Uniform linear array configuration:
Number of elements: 32
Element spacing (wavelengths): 0.5
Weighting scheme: kaiser
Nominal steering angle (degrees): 60
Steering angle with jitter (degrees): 58.476
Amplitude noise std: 0.05
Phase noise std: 0.05

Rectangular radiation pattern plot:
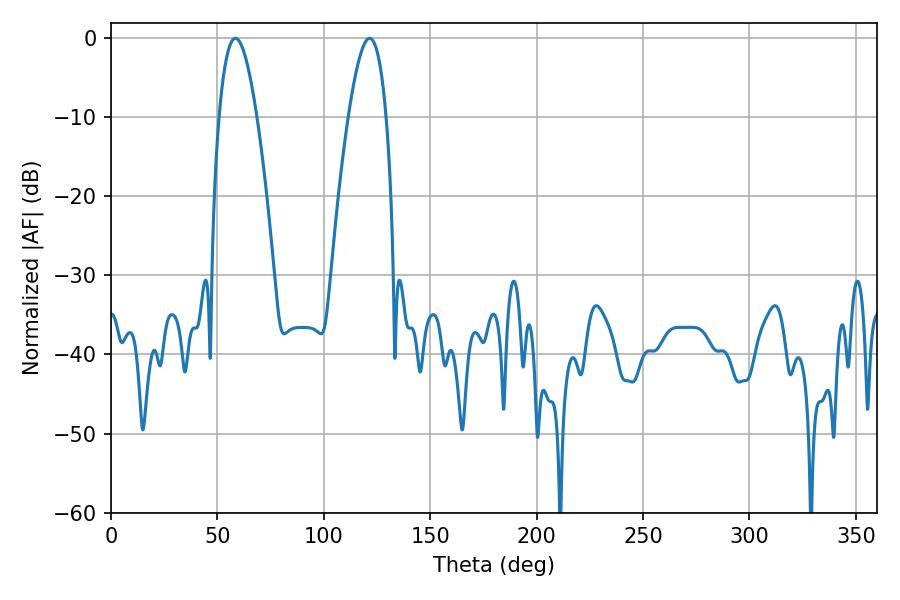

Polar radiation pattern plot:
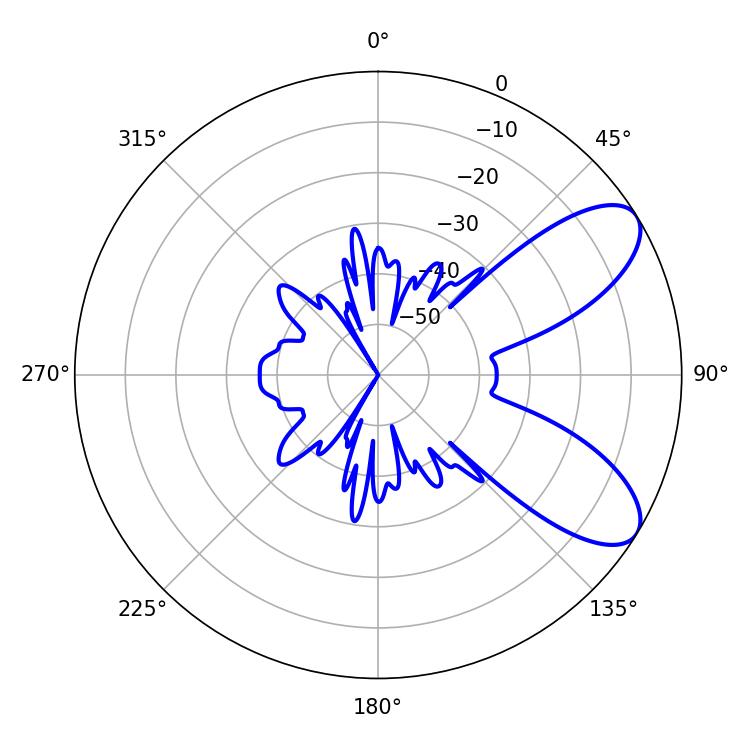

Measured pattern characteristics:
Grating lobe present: FALSE
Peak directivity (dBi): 8.057
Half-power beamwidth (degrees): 9.72
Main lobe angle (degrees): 58.5